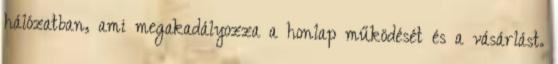
hálózatban, ami megakadályozza a honlap működését és a vásárlást.